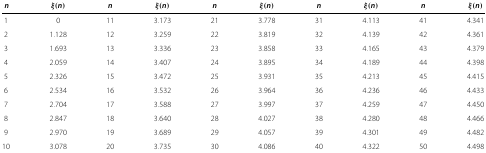
<table><thead><tr><td><b><i>n</i></b></td><td><b><i>ξ</i>(<i>n</i>)</b></td><td><b><i>n</i></b></td><td><b><i>ξ</i>(<i>n</i>)</b></td><td><b><i>n</i></b></td><td><b><i>ξ</i>(<i>n</i>)</b></td><td><b><i>n</i></b></td><td><b><i>ξ</i>(<i>n</i>)</b></td><td><b><i>n</i></b></td><td><b><i>ξ</i>(<i>n</i>)</b></td></tr></thead><tbody><tr><td>1</td><td>0</td><td>11</td><td>3.173</td><td>21</td><td>3.778</td><td>31</td><td>4.113</td><td>41</td><td>4.341</td></tr><tr><td>2</td><td>1.128</td><td>12</td><td>3.259</td><td>22</td><td>3.819</td><td>32</td><td>4.139</td><td>42</td><td>4.361</td></tr><tr><td>3</td><td>1.693</td><td>13</td><td>3.336</td><td>23</td><td>3.858</td><td>33</td><td>4.165</td><td>43</td><td>4.379</td></tr><tr><td>4</td><td>2.059</td><td>14</td><td>3.407</td><td>24</td><td>3.895</td><td>34</td><td>4.189</td><td>44</td><td>4.398</td></tr><tr><td>5</td><td>2.326</td><td>15</td><td>3.472</td><td>25</td><td>3.931</td><td>35</td><td>4.213</td><td>45</td><td>4.415</td></tr><tr><td>6</td><td>2.534</td><td>16</td><td>3.532</td><td>26</td><td>3.964</td><td>36</td><td>4.236</td><td>46</td><td>4.433</td></tr><tr><td>7</td><td>2.704</td><td>17</td><td>3.588</td><td>27</td><td>3.997</td><td>37</td><td>4.259</td><td>47</td><td>4.450</td></tr><tr><td>8</td><td>2.847</td><td>18</td><td>3.640</td><td>28</td><td>4.027</td><td>38</td><td>4.280</td><td>48</td><td>4.466</td></tr><tr><td>9</td><td>2.970</td><td>19</td><td>3.689</td><td>29</td><td>4.057</td><td>39</td><td>4.301</td><td>49</td><td>4.482</td></tr><tr><td>10</td><td>3.078</td><td>20</td><td>3.735</td><td>30</td><td>4.086</td><td>40</td><td>4.322</td><td>50</td><td>4.498</td></tr></tbody></table>